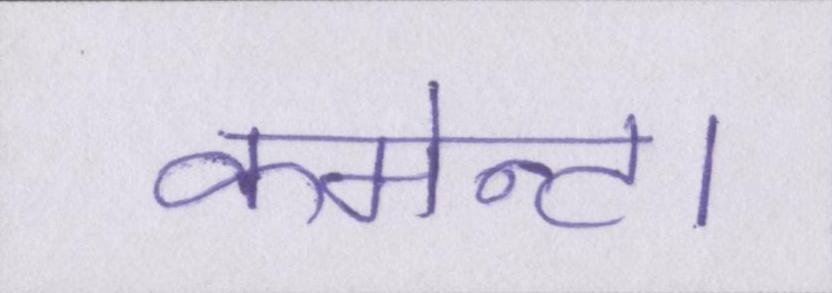
कमेन्ट।